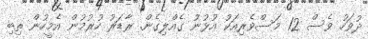
ދުވަހު ވެސް 12 މަސްވެރިއަކު އުޅުނު ގެއްލިގެން. ރާޑަރު ހުރުމުން އެމީހުން ތިބި